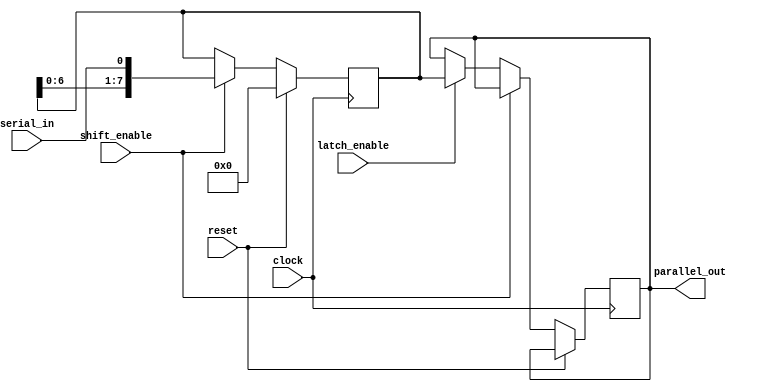
module serial_in_parallel_out (
    input clock,            // Clock input
    input reset,            // Reset signal
    input serial_in,        // Serial input
    input shift_enable,     // Shift enable signal
    input latch_enable,     // Latch enable signal
    output reg [7:0] parallel_out // Parallel output
);
    
    reg [7:0] register;    // Storage for data
    reg shift_reg;         // Shift register
    
    always @(posedge clock) begin
        if (reset) begin
            register <= 8'b0;  // Clear register on reset
            shift_reg <= 1'b0;  // Clear shift register on reset
        end
        else if (shift_enable) begin
            register <= {register[6:0], serial_in};  // Shift in serial input
            shift_reg <= 1'b1;                        // Set shift register
        end
        else if (latch_enable) begin
            parallel_out <= register;  // Output parallel data
            shift_reg <= 1'b0;         // Reset shift register
        end
    end
endmodule